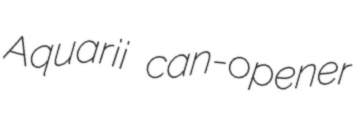
Aquarii can-opener